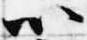
以